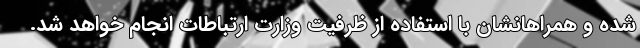
شده و همراهانشان با استفاده از ظرفیت وزارت ارتباطات انجام خواهد شد.